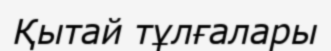
Қытай тұлғалары